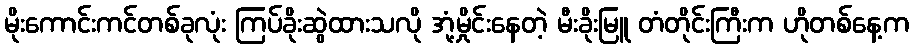
မိုးကောင်းကင်တစ်ခုလုံး ကြပ်ခိုးဆွဲထားသလို အုံ့မှိုင်းနေတဲ့ မီးခိုးမြူ တံတိုင်းကြီးက ဟိုတစ်နေ့က